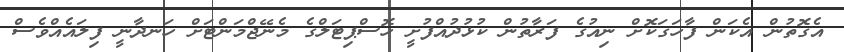
އެގޮތުން އެކަން ފާހަގަކޮށް ނިއުގެ ފަރާތުން ކުޅުދުއްފުށީ ހޮސްޕިޓަލްގެ މެނޭޖްމަންޓަށް ހަނދާނީ ފިލައެއްވެސް